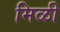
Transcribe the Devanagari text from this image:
मिळी